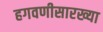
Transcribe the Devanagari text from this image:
हगवणीसारख्या